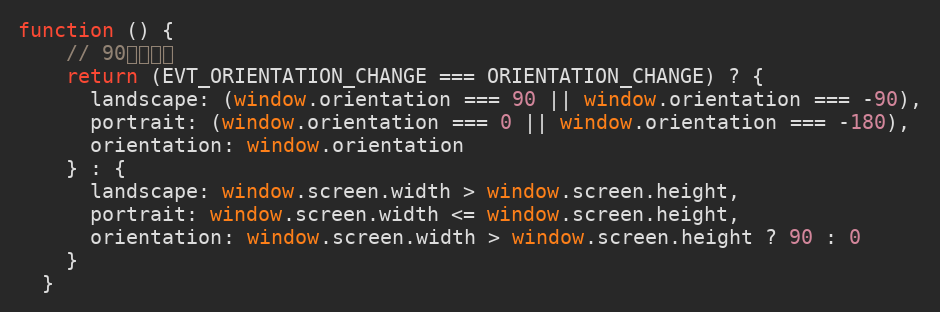
Language: JavaScript
function () {
    // 90度为横屏
    return (EVT_ORIENTATION_CHANGE === ORIENTATION_CHANGE) ? {
      landscape: (window.orientation === 90 || window.orientation === -90),
      portrait: (window.orientation === 0 || window.orientation === -180),
      orientation: window.orientation
    } : {
      landscape: window.screen.width > window.screen.height,
      portrait: window.screen.width <= window.screen.height,
      orientation: window.screen.width > window.screen.height ? 90 : 0
    }
  }